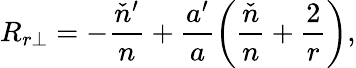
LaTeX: R_{r\perp}=-\frac{\check{n}^{\prime}}{n}+\frac{a^{\prime}}{a}\left(\frac{\check{n}}{n}+\frac{2}{r}\right),